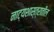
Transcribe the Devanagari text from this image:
नाट्यशास्त्रातील